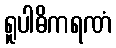
ရူပါဓိကရဏံ